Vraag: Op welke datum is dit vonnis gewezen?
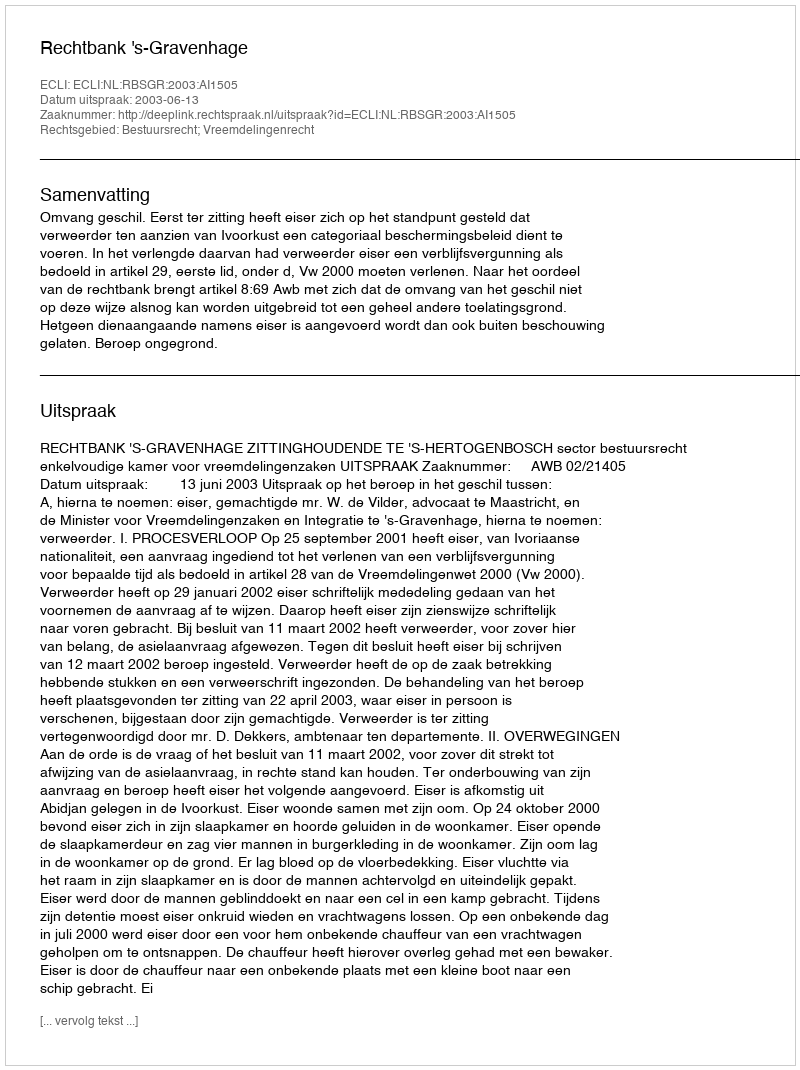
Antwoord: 2003-06-13